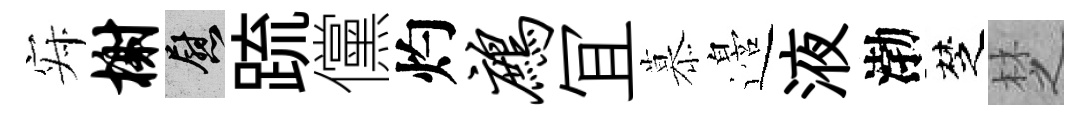
寂榭慰䟽儻灼鹧冝慕邉液渤椘椘